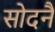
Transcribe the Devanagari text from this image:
सोदनै